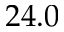
2 4 . 0